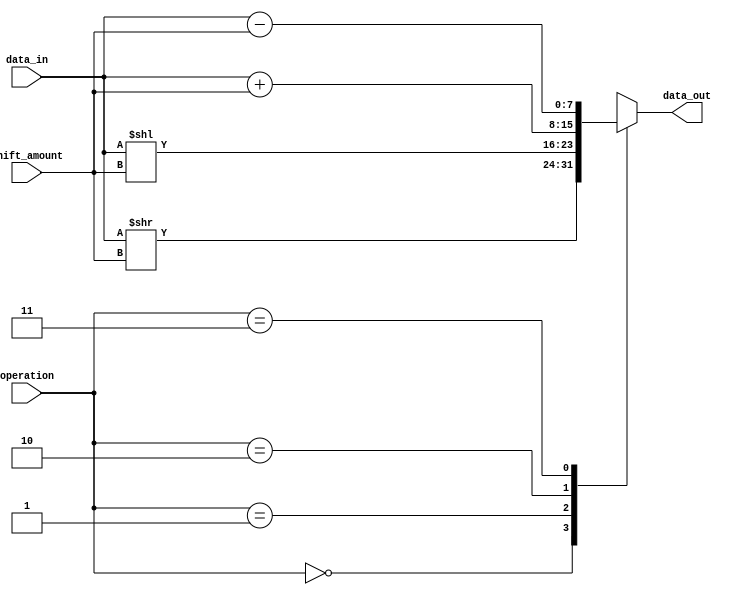
module circular_barrel_shifter (
  input [7:0] data_in,
  input [2:0] shift_amount,
  input [1:0] operation,
  output [7:0] data_out
);

reg [7:0] shifted_data;

always @(*) begin
  case (operation)
    2'b00: shifted_data = data_in >> shift_amount; // Logical right shift
    2'b01: shifted_data = data_in << shift_amount; // Logical left shift
    2'b10: shifted_data = data_in + shift_amount; // Addition
    2'b11: shifted_data = data_in - shift_amount; // Subtraction
    default: shifted_data = 8'b0;
  endcase
end

assign data_out = shifted_data;

endmodule